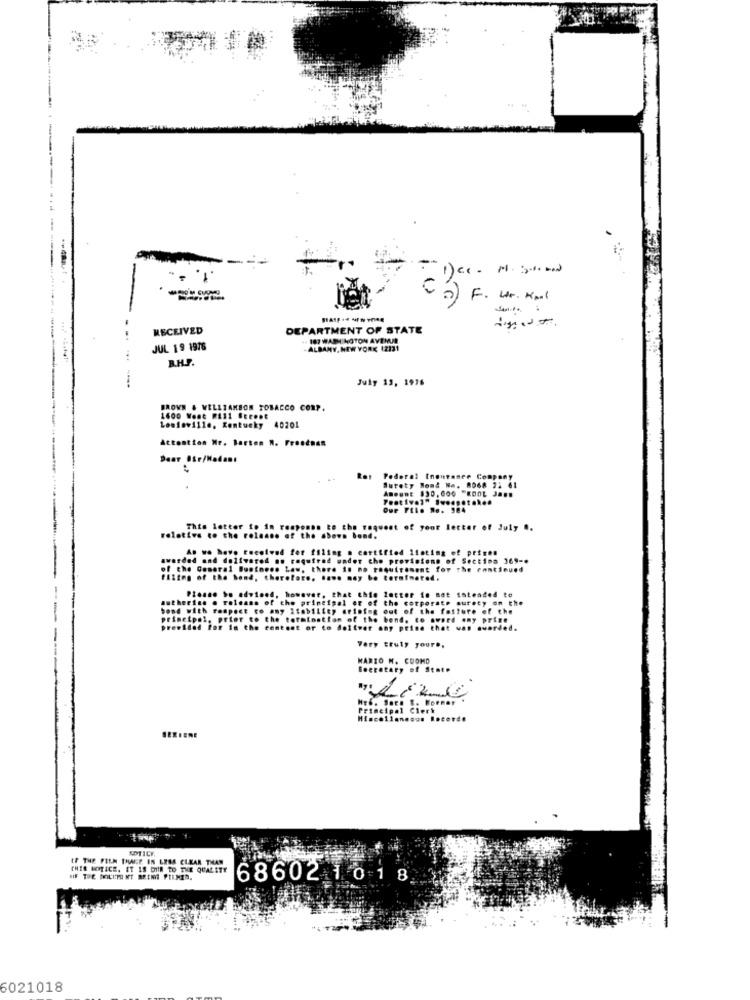
.1. -.
(Ca) F. Wr. Kal
RECEIVED
DEPARTMENT OF STATE
--.
+ 187 WASHINGTON AVENUE
JUL 19 1976
-ALBANY, NEW YORK 12121
...
RHP.
....
July 13, 1976
BROWN & WELLZAMBON TOBACCO CORP.
1600 Wont #111 Geceot
Louisville, Kentucky 40201
Attention Me. Barton N. Frootnen
Dear Sir/Madam:
Podoral tnoutaner Company
AMPURE $30,000 "KOOL JAFS
Sutety Mond Na. 8068 22 61
Our File Re. 984
. latter to in response to the request of your letter of July ..
relative to the release of the above bond.
we have received for filing . cortified listing of primen
awarded
and delivered no required under the provintons of Section 369 -*
of the G
amaral Business Law, there is no toquitesent for The continued
if the bond, theretore. .... may be terminated.
a . releans of the principal or of the corporate surety on the
... bo advised, however, that this letter io not intended to
Fonpect to any itability arising out of the fatture of the
prior to the termination of the bond, to sword any prise
prev!
for in the content or to deliver any peine that was awarded.
Very truly your ..
MARIO N. CUOMO
Secretary of State
Principal Clerk
NOTICE.
IF THE FILM THALE IN LESS CLEAR THAN
THIS NOTICE, ET 18 DIR TO THE QUALITY
68602 10-1 8
6021018